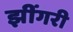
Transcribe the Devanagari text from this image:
झींगरी